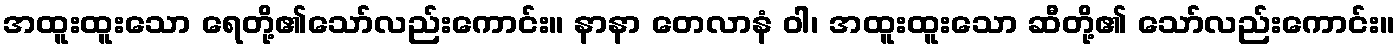
အထူးထူးသော ရေတို့၏သော်လည်းကောင်း။ နာနာ တေလာနံ ဝါ၊ အထူးထူးသော ဆီတို့၏ သော်လည်းကောင်း။